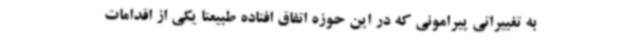
به تغییراتی پیرامونی که در این حوزه اتفاق افتاده طبیعتا یکی از اقدامات